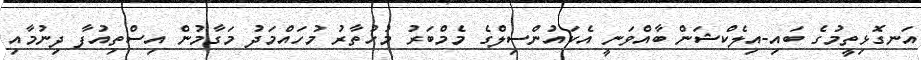
އަނގޮޅިތީމުގެ ބައި-އިލެކްޝަން ބާއްވަނީ އެކައުންސިލްގެ މެމްބަރު މުހުތާރު މުހައްމަދު މަގާމުން އިސްތިއުފާ ދިނުމާއި